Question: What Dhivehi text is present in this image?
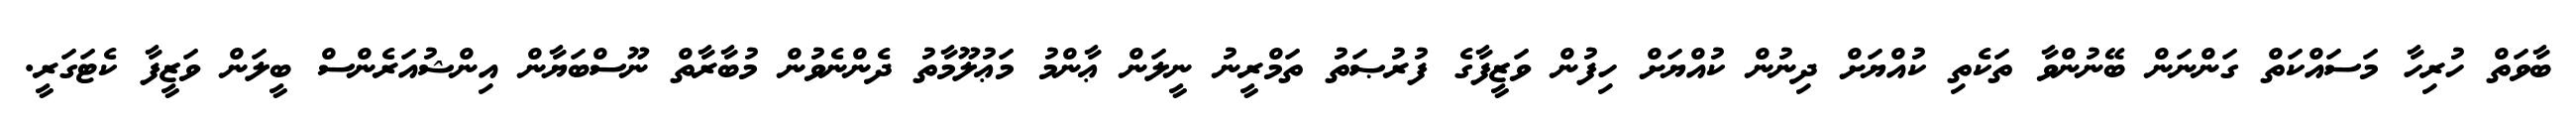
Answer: ބާވަތް ހުރިހާ މަސައްކަތް ގަންނަން ބޭނުންވާ ތަކެތި ކުއްޔަށް ދިނުން ކުއްޔަށް ހިފުން ވަޒީފާގެ ފުރުޞަތު ތަމްރީނު ނީލަން ޢާންމު މަޢުލޫމާތު ދެންނެވުން މުބާރާތް ނޫސްބަޔާން އިންޝުއަރެންސް ބީލަން ވަޒީފާ ކެޓަގަރީ.